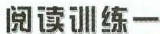
阅读训练一